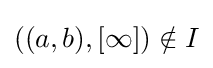
((a,b),[\infty ])\notin I